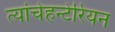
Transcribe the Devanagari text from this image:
त्यांचेहन्टेरियन